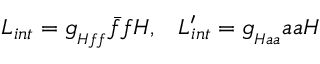
{ \cal L } _ { i n t } = g _ { { } _ { H f f } } \bar { f } f H , \, \, \, \, \, { \cal L } _ { i n t } ^ { \prime } = g _ { { } _ { H a a } } a a H